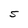
Character: S